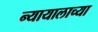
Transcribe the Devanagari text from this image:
न्यायालाच्या